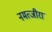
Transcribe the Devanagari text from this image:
नमत्जीरा